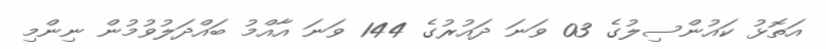
އަތޮޅު ކައުންސިލުގެ 03 ވަނަ ދައުރުގެ 144 ވަނަ އާއްމު ބައްދަލުވުމުން ނިންމި